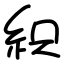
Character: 𥿗